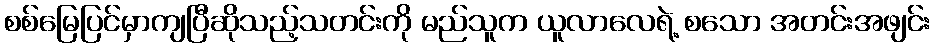
စစ်မြေပြင်မှာကျပြီဆိုသည့်သတင်းကို မည်သူက ယူလာလေရဲ့ စသော အတင်းအဖျင်း